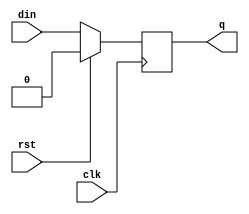
`timescale 1ns / 1ps
//////////////////////////////////////////////////////////////////////////////////
// Company: 
// Engineer: 
// 
// Design Name: 
// Module Name: d_ff
// Project Name: 
// Target Devices: 
// Tool Versions: 
// Description: 
// 
// Dependencies: 
// 
// Revision:
// Revision 0.01 - File Created
// Additional Comments:
// 
//////////////////////////////////////////////////////////////////////////////////


module d_ff(clk,rst,din,q);
input din,clk,rst;
output reg q=0;
always@(posedge clk)
      begin
          if (rst)
              q<=0;
          else
              q<=din;
      end
endmodule